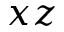
x z